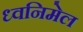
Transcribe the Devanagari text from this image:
ध्वनिमेल